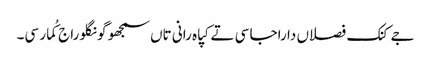
جے کنک فصلاں دا راجا سی تے کپاہ رانی تاں سمجھو گونگلو راج کُمار سی۔